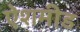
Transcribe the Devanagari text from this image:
ऐशमीड